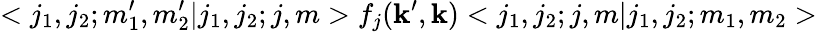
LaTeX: <j_{1},j_{2};m_{1}^{\prime},m_{2}^{\prime}|j_{1},j_{2};j,m>f_{j}({\mathbf k}^{\prime},{\mathbf k})<j_{1},j_{2};j,m|j_{1},j_{2};m_{1},m_{2}>